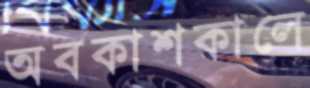
অবকাশকালে